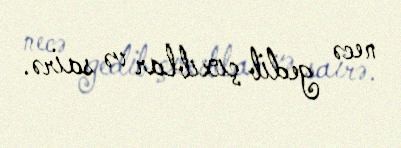
necə gedib çıxıblar və sairə.